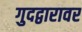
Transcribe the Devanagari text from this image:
गुदद्वारावर